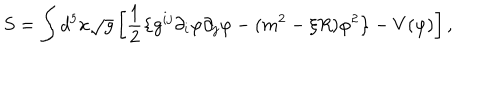
S = \int d ^ { 5 } x \sqrt { g } \left[ \frac { 1 } { 2 } \left\{ g ^ { i j } \partial _ { i } \varphi \partial _ { j } \varphi - ( m ^ { 2 } - \xi R ) \varphi ^ { 2 } \right\} - V ( \varphi ) \right] ,